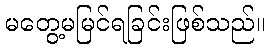
မတွေ့မမြင်ရခြင်းဖြစ်သည်။